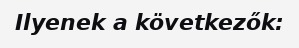
Ilyenek a következők: